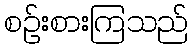
စဉ်းစားကြသည်